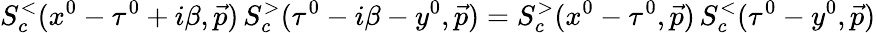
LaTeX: S_{c}^{<}(x^{0}-\tau^{0}+i\beta,\vec{p})\, S_{c}^{>}(\tau^{0}-i\beta-y^{0},\vec{p})=S_{c}^{>}(x^{0}-\tau^{0},\vec{p})\, S_{c}^{<}(\tau^{0}-y^{0},\vec{p})